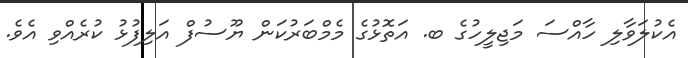
އެކުލަވާލި ހާއްސަ މަޖިލީހުގެ ބ. އަތޮޅުގެ މެމްބަރުކަން ޔޫސުފް އަލިފުޅު ކުރެއްވި އެވެ.